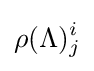
\rho (\Lambda )_{j}^{i}